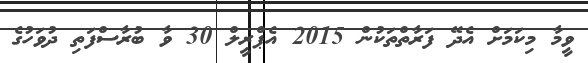
ވީމާ މިކަމަށް އެދޭ ފަރާތްތަކުން 2015 އެޕްރީލް 30 ވާ ބުރާސްފަތި ދުވަހުގެ